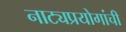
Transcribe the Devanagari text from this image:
नाट्यप्रयोगांची